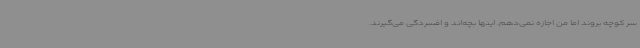
سر کوچه بروند اما من اجازه نمی‌دهم. اینها بچه‌اند و افسردگی می‌گیرند.